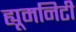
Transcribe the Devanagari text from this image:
ह्यूमनिटी